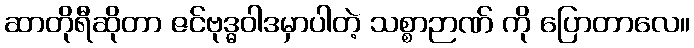
ဆာတိုရီဆိုတာ ဇင်ဗုဒ္ဓဝါဒမှာပါတဲ့ သစ္စာဉာဏ် ကို ပြောတာလေ။